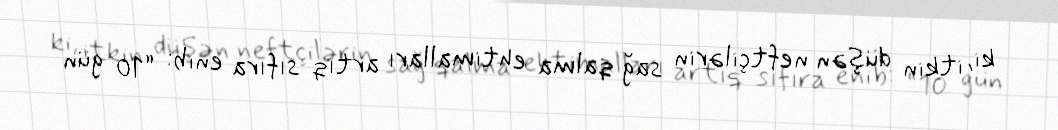
ki, itkin düşən neftçilərin sağ qalma ehtimalları artıq sıfıra enib: “10 gün